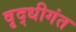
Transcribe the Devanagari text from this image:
वृद्धीगंत